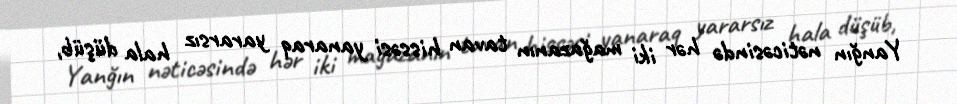
Yanğın nəticəsində hər iki mağazanın tavan hissəsi yanaraq yararsız hala düşüb,